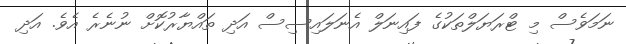
ނަމަވެސް މި ޓްރަޔަލްތަކުގެ ފައިނަލް އެނަލައިސިސް އަދި ތައްޔާރުކޮށް ނުނެރެ އެވެ. އަދި